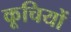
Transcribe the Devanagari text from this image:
कूचियों